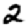
Digit: 2